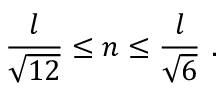
{ \frac { l } { \sqrt { 1 2 } } } \leq n \leq { \frac { l } { \sqrt { 6 } } } \ .